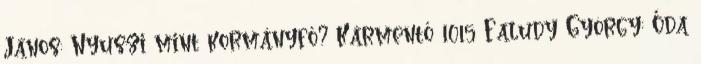
János: Nyuszi mint kormányfő? Kármentő 1015 Faludy György: Óda